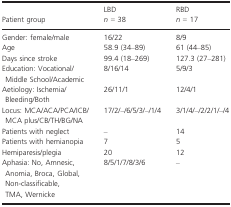
<table><thead><tr><td rowspan="2"><b>Patient group</b></td><td><b>LBD</b></td><td><b>RBD</b></td></tr><tr><td><b><i>n</i> = 38</b></td><td><b><i>n</i> = 17</b></td></tr></thead><tbody><tr><td>Gender: female/male</td><td>16/22</td><td>8/9</td></tr><tr><td>Age</td><td>58.9 (34–89)</td><td>61 (44–85)</td></tr><tr><td>Days since stroke</td><td>99.4 (18–269)</td><td>127.3 (27–281)</td></tr><tr><td>Education: Vocational/Middle School/Academic</td><td>8/16/14</td><td>5/9/3</td></tr><tr><td>Aetiology: Ischemia/Bleeding/Both</td><td>26/11/1</td><td>12/4/1</td></tr><tr><td>Locus: MCA/ACA/PCA/ICB/MCA plus/CB/TH/BG/NA</td><td>17/2/–/6/5/3/–/1/4</td><td>3/1/4/–/2/2/1/–/4</td></tr><tr><td>Patients with neglect</td><td>–</td><td>14</td></tr><tr><td>Patients with hemianopia</td><td>7</td><td>5</td></tr><tr><td>Hemiparesis/plegia</td><td>20</td><td>12</td></tr><tr><td>Aphasia: No, Amnesic, Anomia, Broca, Global, Non‐classificable, TMA, Wernicke</td><td>8/5/1/7/8/3/6</td><td>–</td></tr></tbody></table>